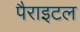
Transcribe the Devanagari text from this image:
पैराइटल